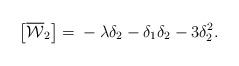
LaTeX: \begin{align*}\left[\overline{\mathcal{W}}_2\right] = {}- \lambda\delta_2 - \delta_1 \delta_2 - 3\delta_2^2 . \end{align*}